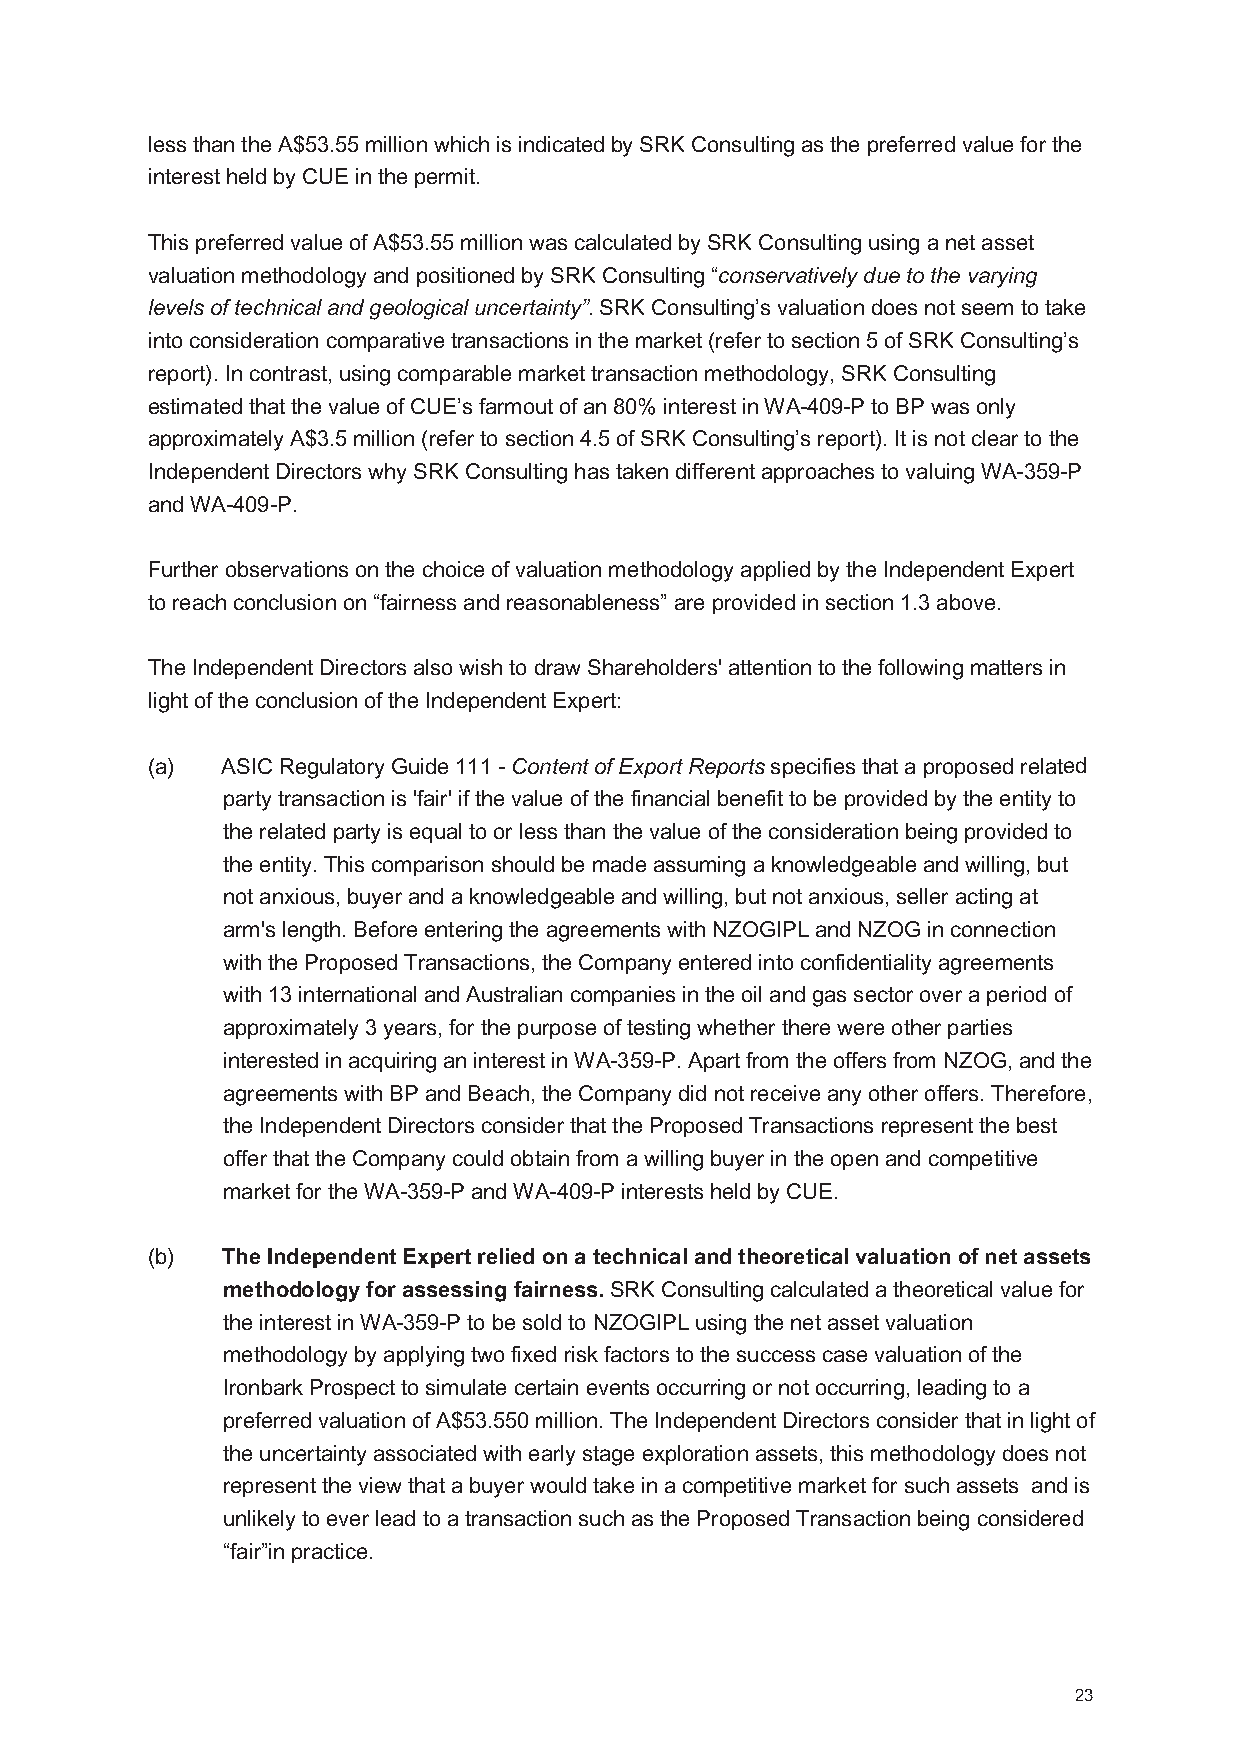
less than the A$53.55 million which is indicated by SRK Consulting as the preferred value for the
 interest held by CUE in the permit.
 This preferred value of A$53.55 million was calculated by SRK Consulting using a net asset
 valuation methodology and positioned by SRK Consulting “conservatively due to the varying
 levels of technical and geological uncertainty”.SRK Consulting’s valuation does not seem to take
 into consideration comparative transactions in the market (refer to section 5 of SRK Consulting’s
 report). In contrast, using comparable market transaction methodology, SRK Consulting
 estimated that the value of CUE’s farmout of an 80% interest in WA-409-P to BP was only
 approximately A$3.5 million (refer to section 4.5 of SRK Consulting’s report). It is not clear to the
 Independent Directorswhy SRK Consulting has taken different approaches to valuing WA-359-P
 and WA-409-P.
 Further observations on the choice of valuation methodology applied by the Independent Expert
 to reach conclusion on “fairness and reasonableness” are provided in section1.3 above.
 The Independent Directors also wish to draw Shareholders' attention to the following matters in
 light of the conclusion of the Independent Expert:
 (a)  ASIC Regulatory Guide 111 -Content of Export Reportsspecifies that a proposed related
 party transaction is 'fair' if the value of the financial benefit to be provided by the entity to
 the related party is equal to or less than the value of the consideration being provided to
 the entity. This comparison should be made assuming a knowledgeable and willing, but
 not anxious, buyer and a knowledgeable and willing, but not anxious, seller acting at
 arm's length. Before entering the agreements with NZOGIPL and NZOG in connection
 with the Proposed Transactions, the Company entered into confidentiality agreements
 with 13 international and Australian companies in the oil and gas sector over a period of
 approximately 3 years, for the purpose of testing whether there were other parties
 interested in acquiring an interest in WA-359-P. Apart from the offers from NZOG, and the
 agreements with BP and Beach, the Company did not receive any other offers. Therefore,
 the Independent Directors consider that the Proposed Transactions represent the best
 offer that the Company could obtain from a willing buyer in the open and competitive
 market for the WA-359-P and WA-409-P interests held by CUE.
 (b)  The Independent Expert relied on a technical and theoretical valuation of net assets
 methodology for assessing fairness.SRK Consulting calculated a theoretical value for
 the interest in WA-359-P to be sold to NZOGIPL using the net asset valuation
 methodology by applying two fixed risk factors to the success case valuation of the
 Ironbark Prospect to simulate certain events occurring or not occurring, leading to a
 preferred valuation of A$53.550 million. The Independent Directors consider that in light of
 the uncertainty associated with early stage exploration assets, this methodology does not
 represent the view that a buyer would take in a competitive market for such assets and is
 unlikely to ever lead to a transaction such as the Proposed Transaction being considered
 “fair”in practice.
 23